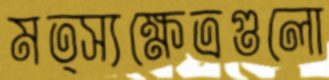
মত্স্যক্ষেত্রগুলো